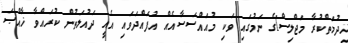
ޚިދުމަތްކުރާ މަޖްލިސް]ގެ ނަމުގައި ވަކި މުއައްސަސާއެއް އުފައްދަވައި އެއީ ދައުލަތުން ކުރައްވާ ޚާއްޞަ